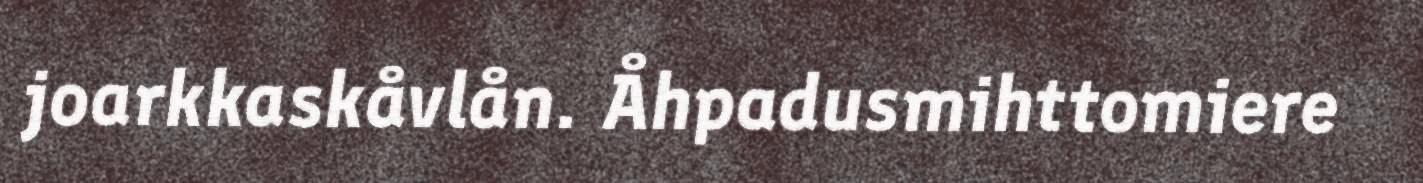
joarkkaskåvlån. Åhpadusmihttomiere